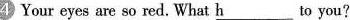
4 Your eyes are so red. What \underline{h}___to you?